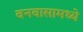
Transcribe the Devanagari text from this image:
वनवासामध्ये